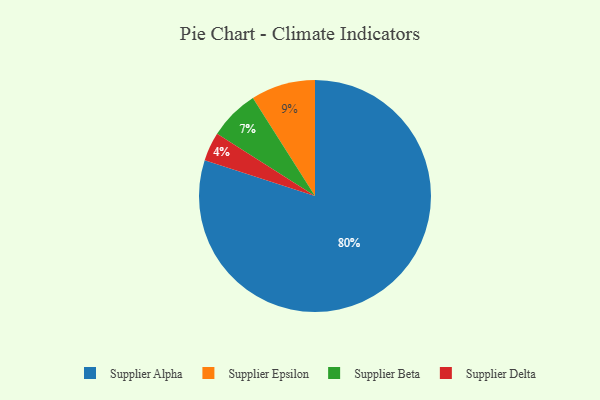
{"axis": {"x": "Category", "y": "Percentage"}, "legend": ["Supplier Alpha", "Supplier Beta", "Supplier Delta", "Supplier Epsilon"], "data": [{"x": "Supplier Delta", "y": 4, "type": "Supplier Delta"}, {"x": "Supplier Beta", "y": 7, "type": "Supplier Beta"}, {"x": "Supplier Alpha", "y": 80, "type": "Supplier Alpha"}, {"x": "Supplier Epsilon", "y": 9, "type": "Supplier Epsilon"}]}